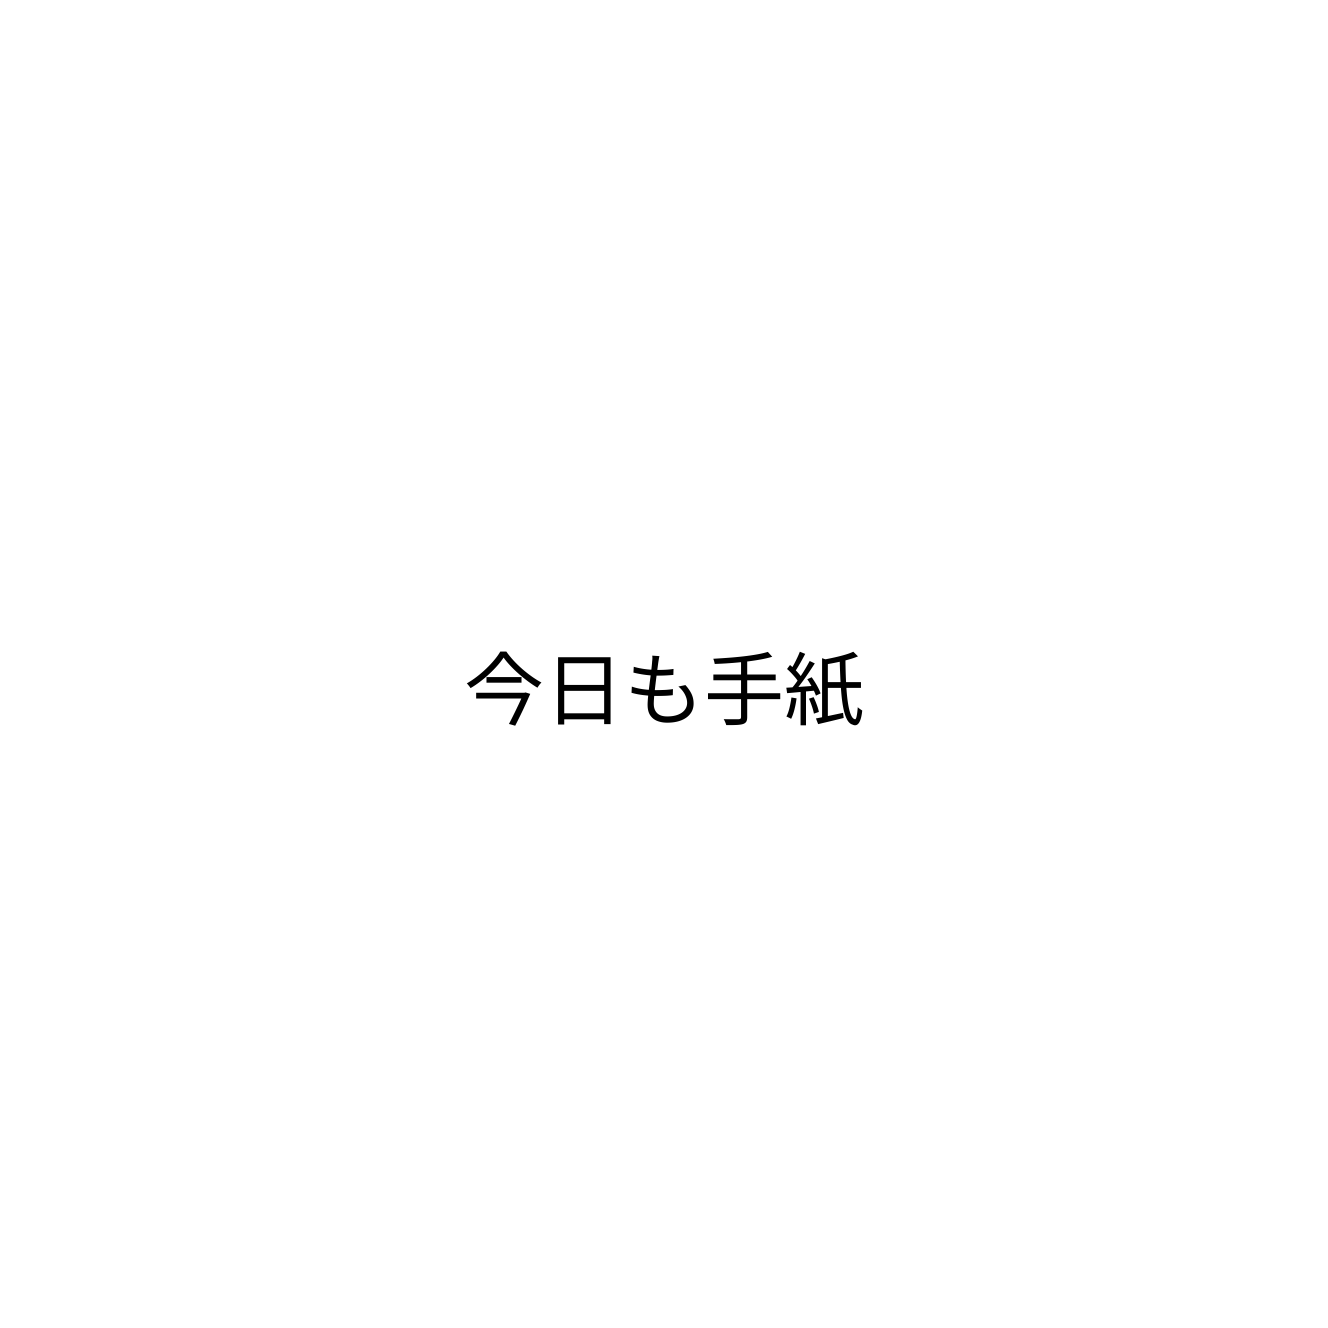
今日も手紙